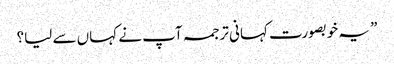
” یہ خوبصورت کہانی ترجمہ آپ نے کہاں سے لیا؟